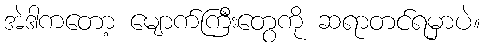
အဲဒါကတော့ မျောက်ကြီးတွေကို ဆရာတင်ရမှာပဲ။